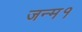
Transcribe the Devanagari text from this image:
जन्म१